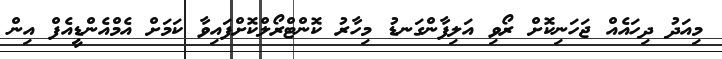
މިއަދު ދިހައެއް ޖަހަނިކޮށް ރޯވި އަލިފާންގަނޑު މިހާރު ކޮންޓްރޯލްކޮށްފައިވާ ކަމަށް އެމްއެންޑީއެފް އިން